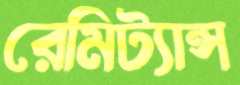
রেমিট্যান্স